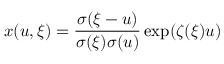
x ( u , \xi ) = { \frac { \sigma ( \xi - u ) } { \sigma ( \xi ) \sigma ( u ) } } \exp ( { \zeta ( \xi ) u } )